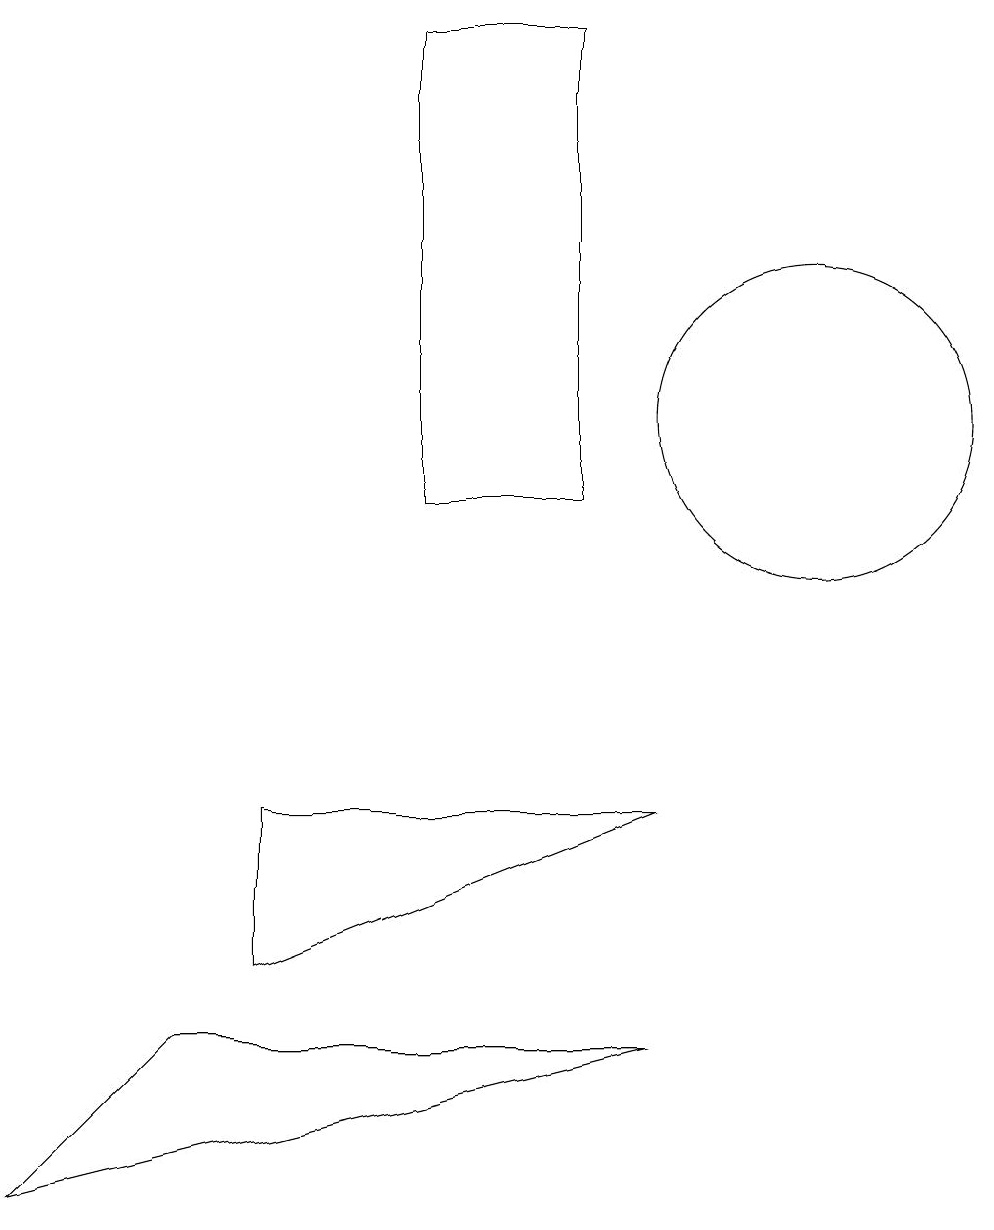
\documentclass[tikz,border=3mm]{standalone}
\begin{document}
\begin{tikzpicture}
\draw (7,10) rectangle (5,16);
\draw (2,3) -- (0,1) -- (8,3) -- cycle;
\draw (3,4) -- (3,6) -- (8,6) -- cycle;
\draw (10,11) circle (2);
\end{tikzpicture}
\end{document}